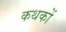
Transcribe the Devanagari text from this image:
कथकों